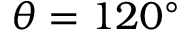
\theta = 1 2 0 ^ { \circ }